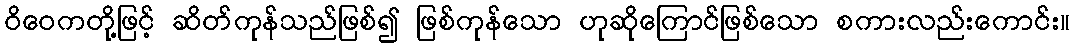
ဝိဝေကတို့ဖြင့် ဆိတ်ကုန်သည်ဖြစ်၍ ဖြစ်ကုန်သော ဟုဆိုကြောင်ဖြစ်သော စကားလည်းကောင်း။